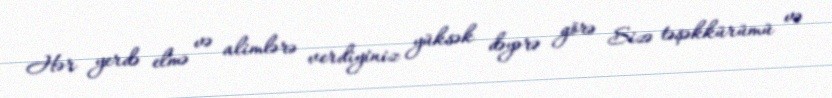
Hər yerdə elmə və alimlərə verdiyiniz yüksək dəyərə görə Sizə təşəkkürümü və